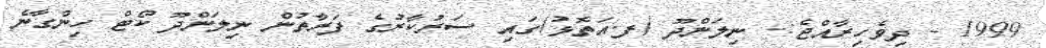
1999 - ދިވެހިރާއްޖެ:- ނިލަންދޫ (ފ.އަތޮޅު)ގައި ސަރުކާރުގެ ފަރާތުން ނިލަންދޫ ކޯޓް ހިންގާނެ